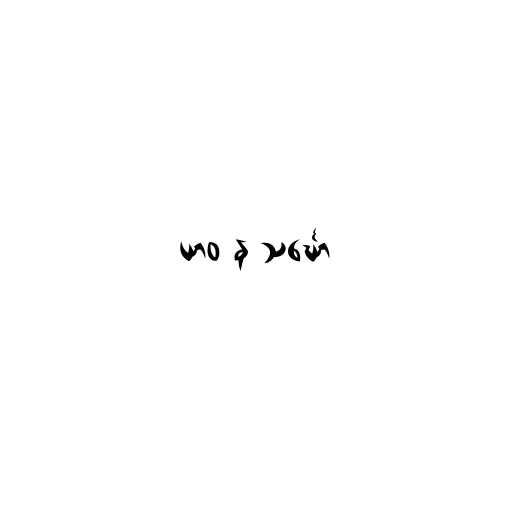
ယာဝ န သင်္ဃော